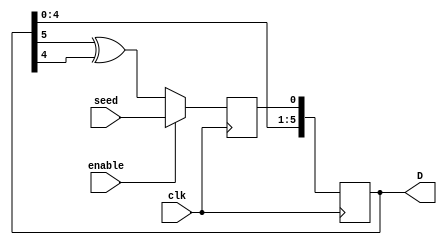
module hw3(D , clk , enable , seed);
input clk, enable, seed;
output [5:0] D;

reg [5:0] D,out;

always @(posedge clk)

begin
  
    if (enable) begin
      out<=seed;
      D[0] <= out;
      D[1] <= D[0];
      D[2] <= D[1];
      D[3] <= D[2];
      D[4] <= D[3];
      D[5] <= D[4];
  
   end else begin
      out<=(D[5] ^ D[4]);
      D[0] <= out;
      D[1] <= D[0];
      D[2] <= D[1];
      D[3] <= D[2];
      D[4] <= D[3];
      D[5] <= D[4];
  end
  
end

endmodule